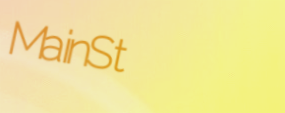
MainSt